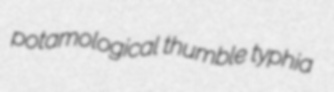
potamological thumble typhia